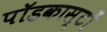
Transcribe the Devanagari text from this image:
पॉडकास्टों